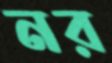
নর